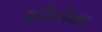
શકિતીધામ